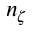
n _ { \zeta }